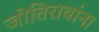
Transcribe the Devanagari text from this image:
जोतिरावांना